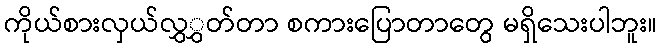
ကိုယ်စားလှယ်လွှွှတ်တာ စကားပြောတာတွေ မရှိသေးပါဘူး။